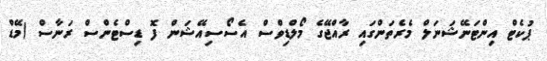
ޕުކެޓް އިންޓަނޭޝަނަލް މެރެތަންގައި ރާއްޖޭގެ މޯލްޑިވްސް އެސޯސިއޭޝަން ފޮ ޑިސްޓެންސް ރަނާސް (މޭޑް